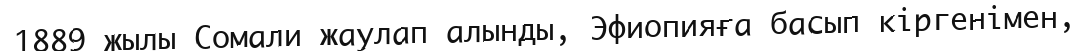
1889 жылы Сомали жаулап алынды, Эфиопияға басып кіргенімен,